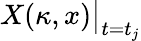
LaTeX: X(\kappa,x)\big|_{t=t_{j}}